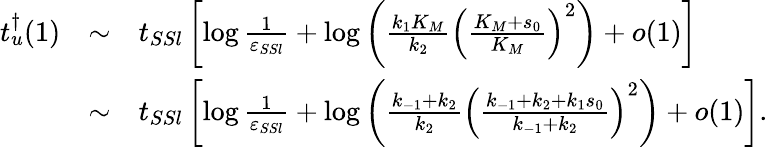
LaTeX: \begin{array}{rcl}{t_{u}^{\dagger}(1)}&{\sim}&{t_{SSl}\left[\log\frac{1}{\varepsilon_{SSl}}+\log\left(\frac{k_{1}K_{M}}{k_{2}}\left(\frac{K_{M}+s_{0}}{K_{M}}\right)^{2}\right)+o(1)\right]}\\ &{\sim}&{t_{SSl}\left[\log\frac{1}{\varepsilon_{SSl}}+\log\left(\frac{k_{-1}+k_{2}}{k_{2}}\left(\frac{k_{-1}+k_{2}+k_{1}s_{0}}{k_{-1}+k_{2}}\right)^{2}\right)+o(1)\right].}\end{array}